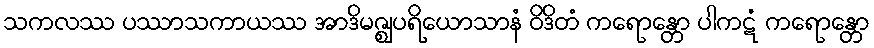
သကလဿ ပဿာသကာယဿ အာဒိမဇ္ဈပရိယောသာနံ ဝိဒိတံ ကရောန္တော ပါကဋံ ကရောန္တော